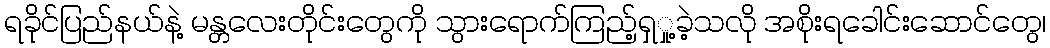
ရခိုင်ပြည်နယ်နဲ့ မန္တလေးတိုင်းတွေကို သွားရောက်ကြည့်ရှှု့ခဲ့သလို အစိုးရခေါင်းဆောင်တွေ၊